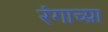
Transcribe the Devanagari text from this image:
रंगाच्य़ा